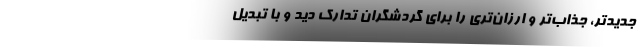
جدیدتر، جذاب‌تر و ارزان‌تری را برای گردشگران تدارک دید و با تبدیل